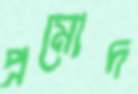
প্রমোদ